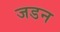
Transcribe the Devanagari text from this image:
जडन